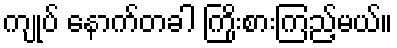
ကျုပ် နောက်တခါ ကြိုးစားကြည့်မယ်။